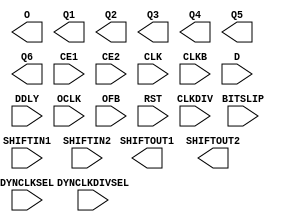
// $Header: /devl/xcs/repo/env/Databases/CAEInterfaces/xec_libs/data/unisims/ISERDESE1.v,v 1.3 2009/08/22 00:32:34 harikr Exp $
///////////////////////////////////////////////////////////////////////////////
// Copyright (c) 1995/2009 Xilinx, Inc.
// All Right Reserved.
///////////////////////////////////////////////////////////////////////////////
//   ____  ____
//  /   /\/   /
// /___/  \  /    Vendor : Xilinx
// \   \   \/     Version : 11.1i (L.11)
//  \   \         Description : Xilinx Formal Library Component
//  /   /
// /___/   /\     Filename : ISERDESE1.v
// \   \  /  \    Timestamp :
//  \___\/\___\
//
// Revision:
//    04/28/09 - Initial version.
// End Revision

`timescale  1 ps / 1 ps

module ISERDESE1 (O, Q1, Q2, Q3, Q4, Q5, Q6, SHIFTOUT1, SHIFTOUT2,
                  BITSLIP, CE1, CE2, CLK, CLKB, CLKDIV, D, DDLY, DYNCLKDIVSEL, DYNCLKSEL, OCLK, OFB, RST, SHIFTIN1, SHIFTIN2);




    parameter DATA_RATE = "DDR";
    parameter integer DATA_WIDTH = 4;
    parameter DYN_CLKDIV_INV_EN = "FALSE";
    parameter DYN_CLK_INV_EN = "FALSE";
    parameter INIT_Q1 = 1'b0;
    parameter INIT_Q2 = 1'b0;
    parameter INIT_Q3 = 1'b0;
    parameter INIT_Q4 = 1'b0;
    parameter INTERFACE_TYPE = "MEMORY";
    parameter integer NUM_CE = 2;
    parameter IOBDELAY = "NONE";
    parameter OFB_USED = "FALSE";
    parameter SERDES_MODE = "MASTER";
    parameter SRVAL_Q1 = 1'b0;
    parameter SRVAL_Q2 = 1'b0;
    parameter SRVAL_Q3 = 1'b0;
    parameter SRVAL_Q4 = 1'b0;


    output O;
    output Q1;
    output Q2;
    output Q3;
    output Q4;
    output Q5;
    output Q6;
    output SHIFTOUT1;
    output SHIFTOUT2;

    input BITSLIP;
    input CE1;
    input CE2;
    input CLK;
    input CLKB;
    input CLKDIV;
    input D;
    input DDLY;
    input DYNCLKDIVSEL;
    input DYNCLKSEL;
    input OCLK;
    input OFB;
    input RST;
    input SHIFTIN1;
    input SHIFTIN2;

endmodule